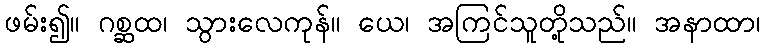
ဖမ်း၍။ ဂစ္ဆထ၊ သွားလေကုန်။ ယေ၊ အကြင်သူတို့သည်။ အနာထာ၊